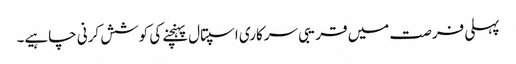
پہلی فرصت میں قریبی سرکاری اسپتال پہنچنے کی کوشش کرنی چاہیے۔